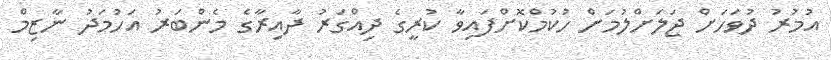
އުމުރު ދުވަހަށް ޖަލަށްލުމަށް ހުކުމްކޮށްފައިވާ ކުރީގެ ދިއްގަރު ދާއިރާގެ މެންބަރު އަހުމަދު ނާޒިމް